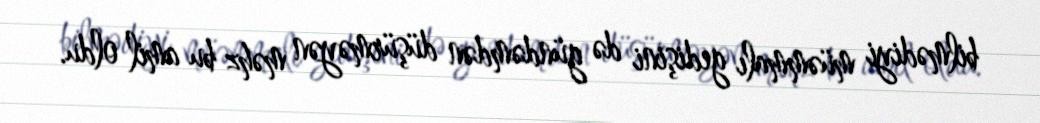
bilmədiyi müəmmalı gedişini də gündəmdən düşürməyən məhz bu amil oldu.